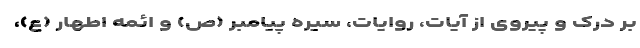
بر درک و پیروی از آیات، روایات، سیره پیامبر (ص) و ائمه اطهار (ع)،